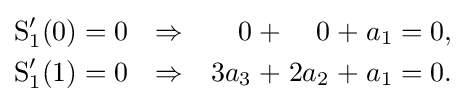
{\begin{alignedat}{11}\operatorname {S} _{1}'(0)&&\;=\;&&0\quad &&\Rightarrow &&\quad 0\;&&+&&\;0\;&&+&&\;a_{1}\;&&=\;&&0,&\\\operatorname {S} _{1}'(1)&&\;=\;&&0\quad &&\Rightarrow &&\quad 3a_{3}\;&&+&&\;2a_{2}\;&&+&&\;a_{1}\;&&=\;&&0.&\end{alignedat}}